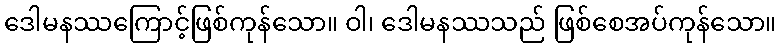
ဒေါမနဿကြောင့်ဖြစ်ကုန်သော။ ဝါ၊ ဒေါမနဿသည် ဖြစ်စေအပ်ကုန်သော။